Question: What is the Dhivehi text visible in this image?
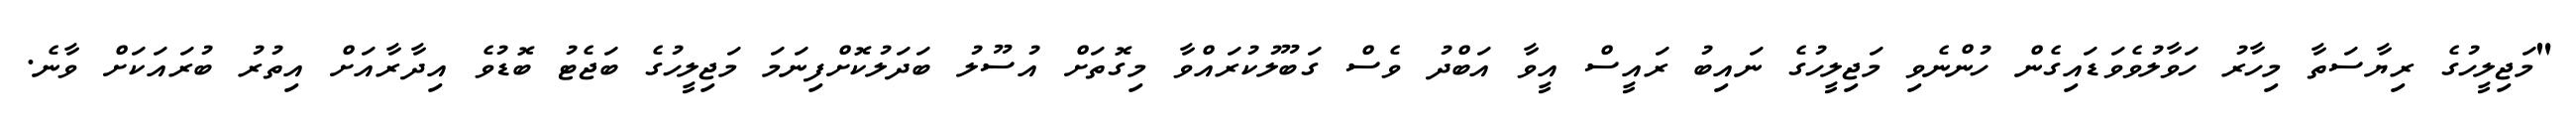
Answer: "މަޖިލީހުގެ ރިޔާސަތާ މިހާރު ހަވާލުވެވަޑައިގެން ހުންނެވި މަޖިލީހުގެ ނައިބު ރައީސް އީވާ އަބްދު ވެސް ގަބޫލުކުރައްވާ މިގޮތަށް އުސޫލު ބަދަލުކޮށްފިނަމަ މަޖިލީހުގެ ބަޖެޓު ބޮޑުވެ އިދާރާއަށް އިތުރު ބުރައަކަށް ވާނެ.